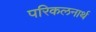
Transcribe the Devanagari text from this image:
परिकलनार्थ